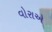
વોરાએ